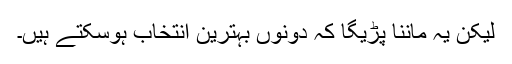
لیکن یہ ماننا پڑیگا کہ دونوں بہترین انتخاب ہوسکتے ہیں۔